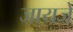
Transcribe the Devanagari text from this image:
जायजे